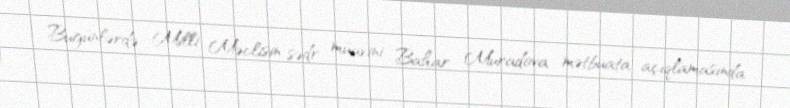
Bugünlərdə Milli Məclisin sədr müavini Bahar Muradova mətbuata açıqlamasında